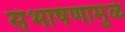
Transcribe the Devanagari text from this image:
संभाषणामुळे